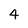
Character: 4